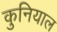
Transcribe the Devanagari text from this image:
कुनियाल